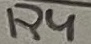
Text: R4